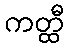
ကတ္ထီ